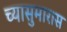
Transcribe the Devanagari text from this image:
च्यासुमारास